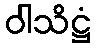
ဝါသိဋ္ဌံ